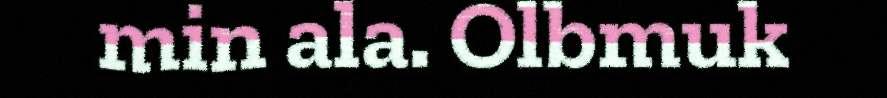
min ala. Olbmuk